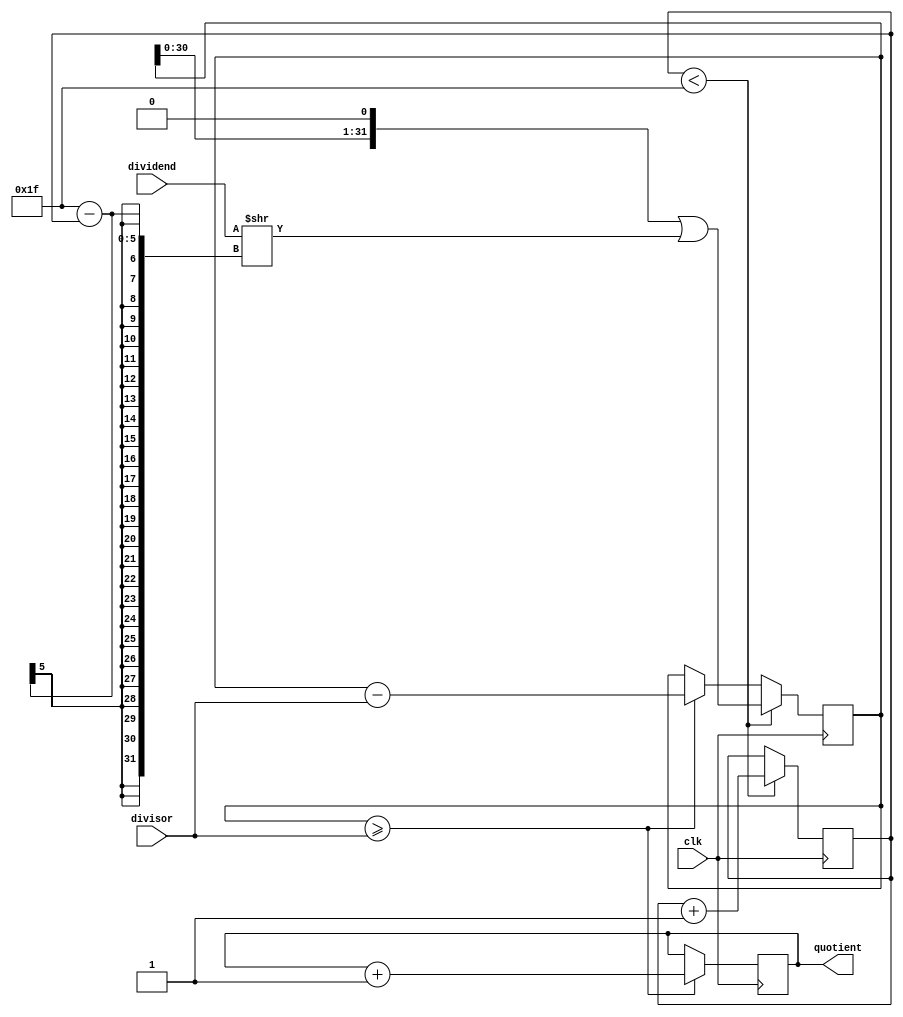
module counter_based_divider (
    input wire clk,
    input wire [31:0] dividend,
    input wire [31:0] divisor,
    output reg [31:0] quotient
);

reg [31:0] remainder;
reg [4:0] counter;

always @(posedge clk) begin
    if (remainder >= divisor) begin
        remainder <= remainder - divisor;
        quotient <= quotient + 1;
    end

    if (counter < 31) begin
        remainder <= remainder << 1 | (dividend >> (31 - counter));
        counter <= counter + 1;
    end
end

initial begin
    remainder <= 0;
    counter <= 0;
    quotient <= 0;
end

endmodule